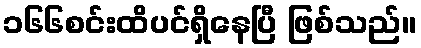
၁၆၆စင်းထိပင်ရှိနေပြီ ဖြစ်သည်။